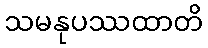
သမနုပဿထာတိ